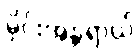
မိုင်းအန္တရာယ်